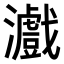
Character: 𤃪